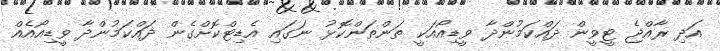
އަދި ރާއްޖެ ޓީވީން ދައްކަމުންދާ ވީޑިއޯއަކީ ތަންތަންކޮޅު ނަގައި އެޑިޓްކޮށްގެން ދައްކަމުންދާ ވީޑިއޯއެއް